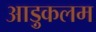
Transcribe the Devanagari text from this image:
आड़ुकलम